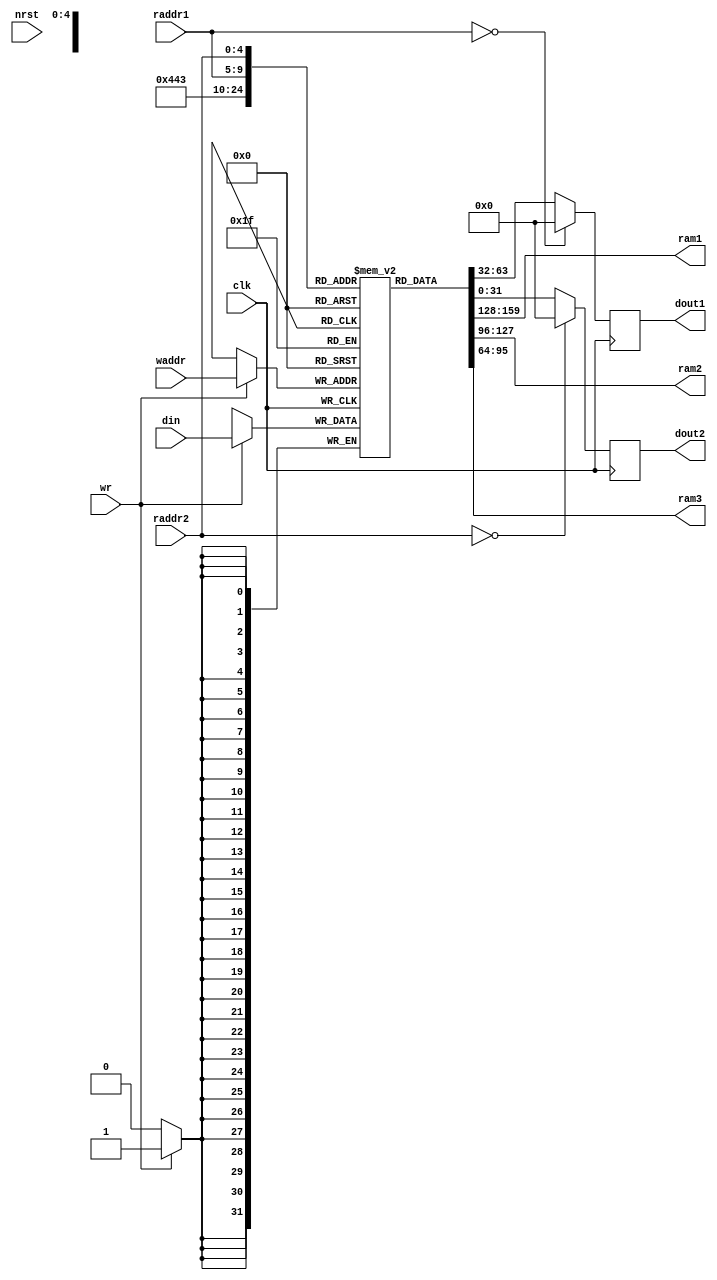
// Simple Register file model by Ali Jahanian
// Students should not used reg_bank as a descrete moule. It is recommended to use the internal part of the code inside mips_core module.
// In this model, only writing to register bank is synchronized with clock and reading  is not synchonized with clock.
// For any problem, contact jahanian@sbu.ac.ir
module regfile(clk, raddr1, dout1, raddr2, dout2, wr, waddr, din, nrst, ram1, ram2, ram3);
	input 			clk;
	input 			wr;
	input	[4:0] 	raddr1, raddr2, waddr;
	input	[31:0] 	din;
	input nrst;
	output	reg[31:0] 	dout1, dout2;
	output wire[31:0] ram1;
	output wire[31:0] ram2;
	output wire[31:0] ram3;
	reg [31:0] ram [0:31];
	assign ram1 = ram[5'b00001];
	assign ram2 = ram[5'b00010];
	assign ram3 = ram[5'b00011];
	/*always @(posedge nrst)
	begin
		ram[5'b00001] = 32'b1;
		ram[5'b00010] = 32'b10;
		ram[5'b00011] = 32'b11;
		ram[5'b00100] = 32'b100;
		ram[5'b00101] = 32'b101;
		ram[5'b00110] = 32'b110;
		ram[5'b00111] = 32'b111;
		ram[5'b01000] = 32'b1000;
		ram[5'b01001] = 32'b1001;
		ram[5'b01010] = 32'b1010;
	end*/
	// Start of internal part
	always @(posedge clk)
	begin
	
	//ram[5'b00001] = 32'd3;
	//ram[5'b00010] = 32'd5;
		if (wr == 1'b1)
		begin
			ram[waddr] = din;
		end
	end
	always @(negedge clk)
	begin
		dout1 <= (raddr1 == 5'b0) ? 32'b0 : ram[raddr1];
		dout2 <= (raddr2 == 5'b0) ? 32'b0 : ram[raddr2];
	end
	// End  of internal part
	
endmodule